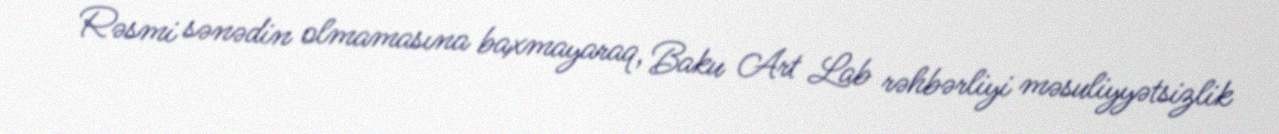
Rəsmi sənədin olmamasına baxmayaraq, Baku Art Lab rəhbərliyi məsuliyyətsizlik